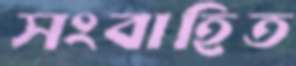
সংবাহিত